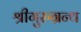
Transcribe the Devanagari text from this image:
श्रीगुरुग्रन्थ